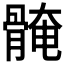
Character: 𱅰